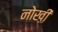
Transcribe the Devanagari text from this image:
नोख़ी